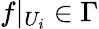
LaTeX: f|_{U_{i}}\in\Gamma